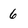
Character: 6